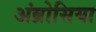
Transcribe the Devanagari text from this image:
अंब्रोसिया